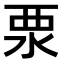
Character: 𣳳